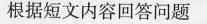
根据短文内容回答问题